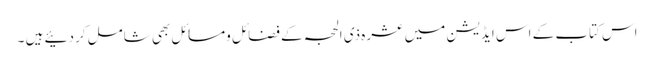
اس کتاب کے اس ایڈیشن میں عشرہ ذی الحجہ کے فضائل ومسائل بھی شامل کردئیے ہیں ۔